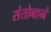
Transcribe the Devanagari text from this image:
संतोबानं